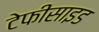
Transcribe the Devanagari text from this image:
टेफीसाइड